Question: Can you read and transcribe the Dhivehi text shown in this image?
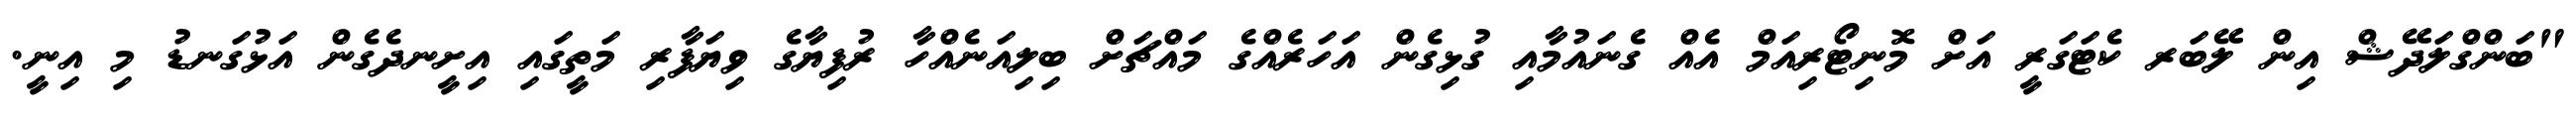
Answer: "ބަންގްލަދޭޝް އިން ލޭބަރ ކެޓަގަރީ އަށް މޮނިޓޯރިއަމް އެއް ގެނައުމާއި ގުޅިގެން އަހަރެއްގެ މައްޗަށް ބިލިއަނެއްހާ ރުފިޔާގެ ވިޔަފާރި މަތީގައި އިށީނދެގެން އަޅުގަނޑު މި އިނީ.